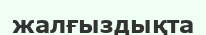
жалғыздықта